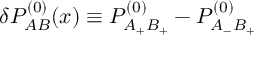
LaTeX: \delta P _ { A B } ^ { ( 0 ) } ( x ) \equiv P _ { A _ { + } B _ { + } } ^ { ( 0 ) } - P _ { A _ { - } B _ { + } } ^ { ( 0 ) }